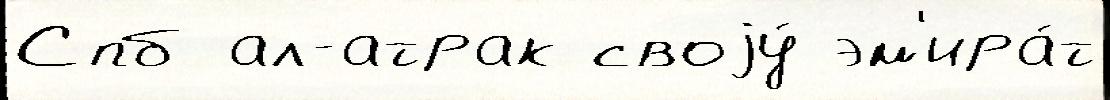
Спб ал-атрак своjу́ эм'ира́т